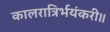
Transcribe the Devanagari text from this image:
कालरात्रिर्भयंकरी॥